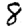
Digit: 8